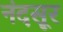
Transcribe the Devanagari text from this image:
नंदसूर